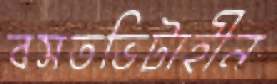
বসতভিটাহীন